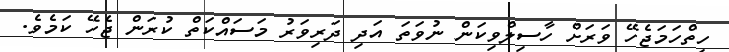
ހިތްހަމަޖެހޭ ވަރަށް ހާސިލްވިކަން ނުވަަތަ އަދި ދަރިވަރު މަސައްކަތް ކުރަން ޖެހޭ ކަމެވެ.